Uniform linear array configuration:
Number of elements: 8
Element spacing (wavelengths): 1
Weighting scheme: hann
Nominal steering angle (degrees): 15
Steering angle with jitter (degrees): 16.092
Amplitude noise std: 0.05
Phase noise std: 0.05

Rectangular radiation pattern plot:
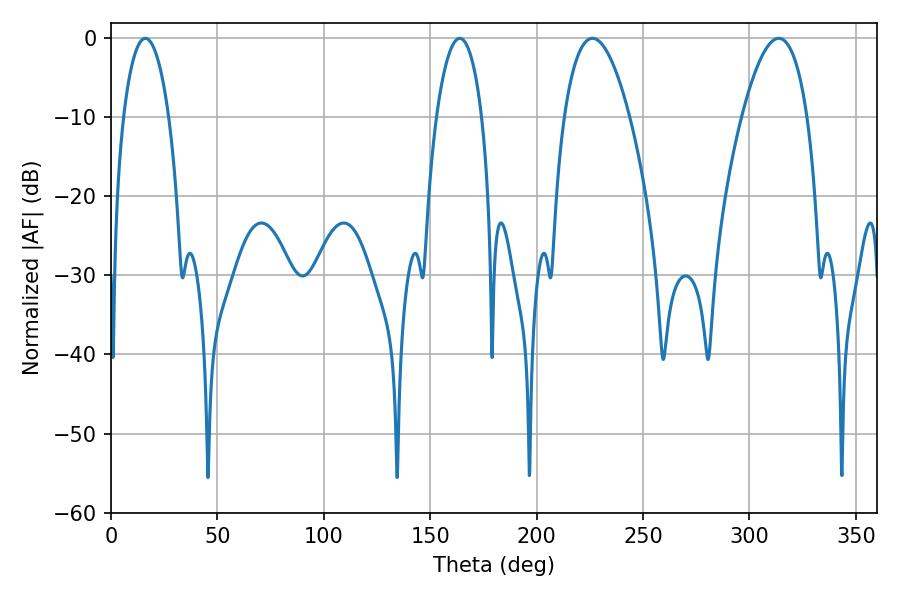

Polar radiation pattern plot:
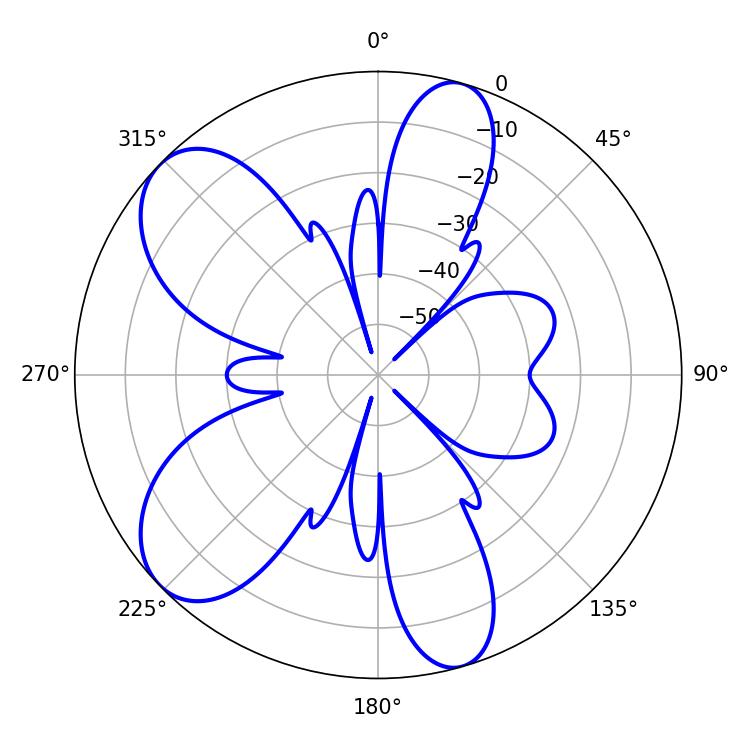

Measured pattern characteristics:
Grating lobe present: TRUE
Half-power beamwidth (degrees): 17.1
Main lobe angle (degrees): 226.26